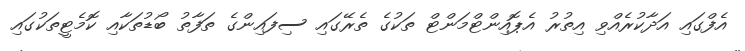
އެފްގައި އަދާކުރެއްވި އިތުރު އެޕޮއިންޓްމަންޓް ތަކުގެ ތެރޭގައި ސިފައިންގެ ތަފާތު ބޯޑުތަކާއި ކޮމެޓީތަކުގައި